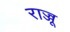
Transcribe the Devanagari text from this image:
राज्जू